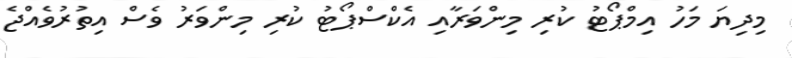
މިދިޔަ މަހު އިމްޕޯޓު ކުރި މިންވަރާއި އެކްސްޕޯޓު ކުރި މިންވަރު ވެސް އިތުރުވެއްޖެ